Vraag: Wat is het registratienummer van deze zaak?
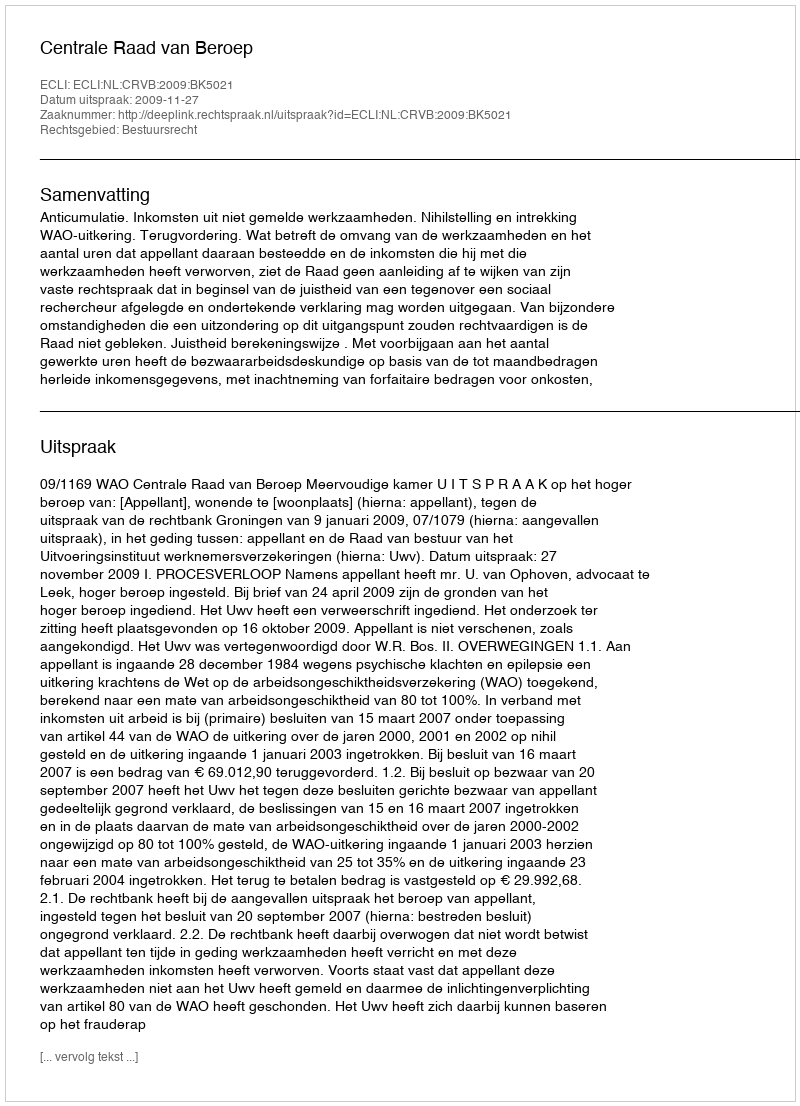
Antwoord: http://deeplink.rechtspraak.nl/uitspraak?id=ECLI:NL:CRVB:2009:BK5021